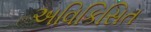
અવિકિસિત